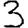
Digit: 3